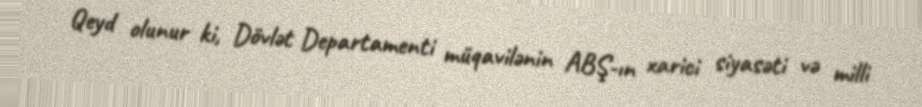
Qeyd olunur ki, Dövlət Departamenti müqavilənin ABŞ-ın xarici siyasəti və milli